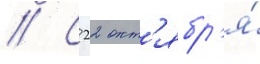
// С 22 окт'ябр'я́